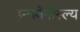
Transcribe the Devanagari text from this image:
इन्त्रवेनौस्ल्य